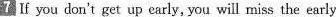
7 If you don't get up early, you will miss the early